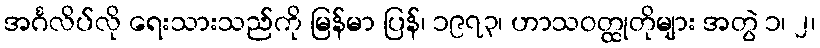
အင်္ဂလိပ်လို ရေးသားသည်ကို မြန်မာ ပြန်၊ ၁၉၇၃၊ ဟာသဝတ္ထုတိုများ အတွဲ ၁၊ ၂၊